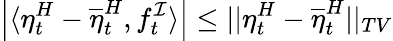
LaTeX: \left|\langle\eta_{t}^{H}-\overline{{\eta}}_{t}^{H},f_{t}^{\mathcal{I}}\rangle\right|\leq||\eta_{t}^{H}-\overline{{\eta}}_{t}^{H}||_{TV}